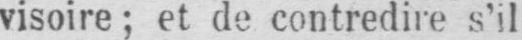
visoire; et de contredire s’il